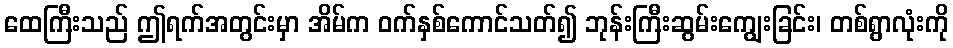
ထေကြီးသည် ဤရက်အတွင်းမှာ အိမ်က ဝက်နှစ်ကောင်သတ်၍ ဘုန်းကြီးဆွမ်းကျွေးခြင်း၊ တစ်ရွာလုံးကို